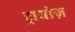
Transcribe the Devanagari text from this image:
ट्रायोज़